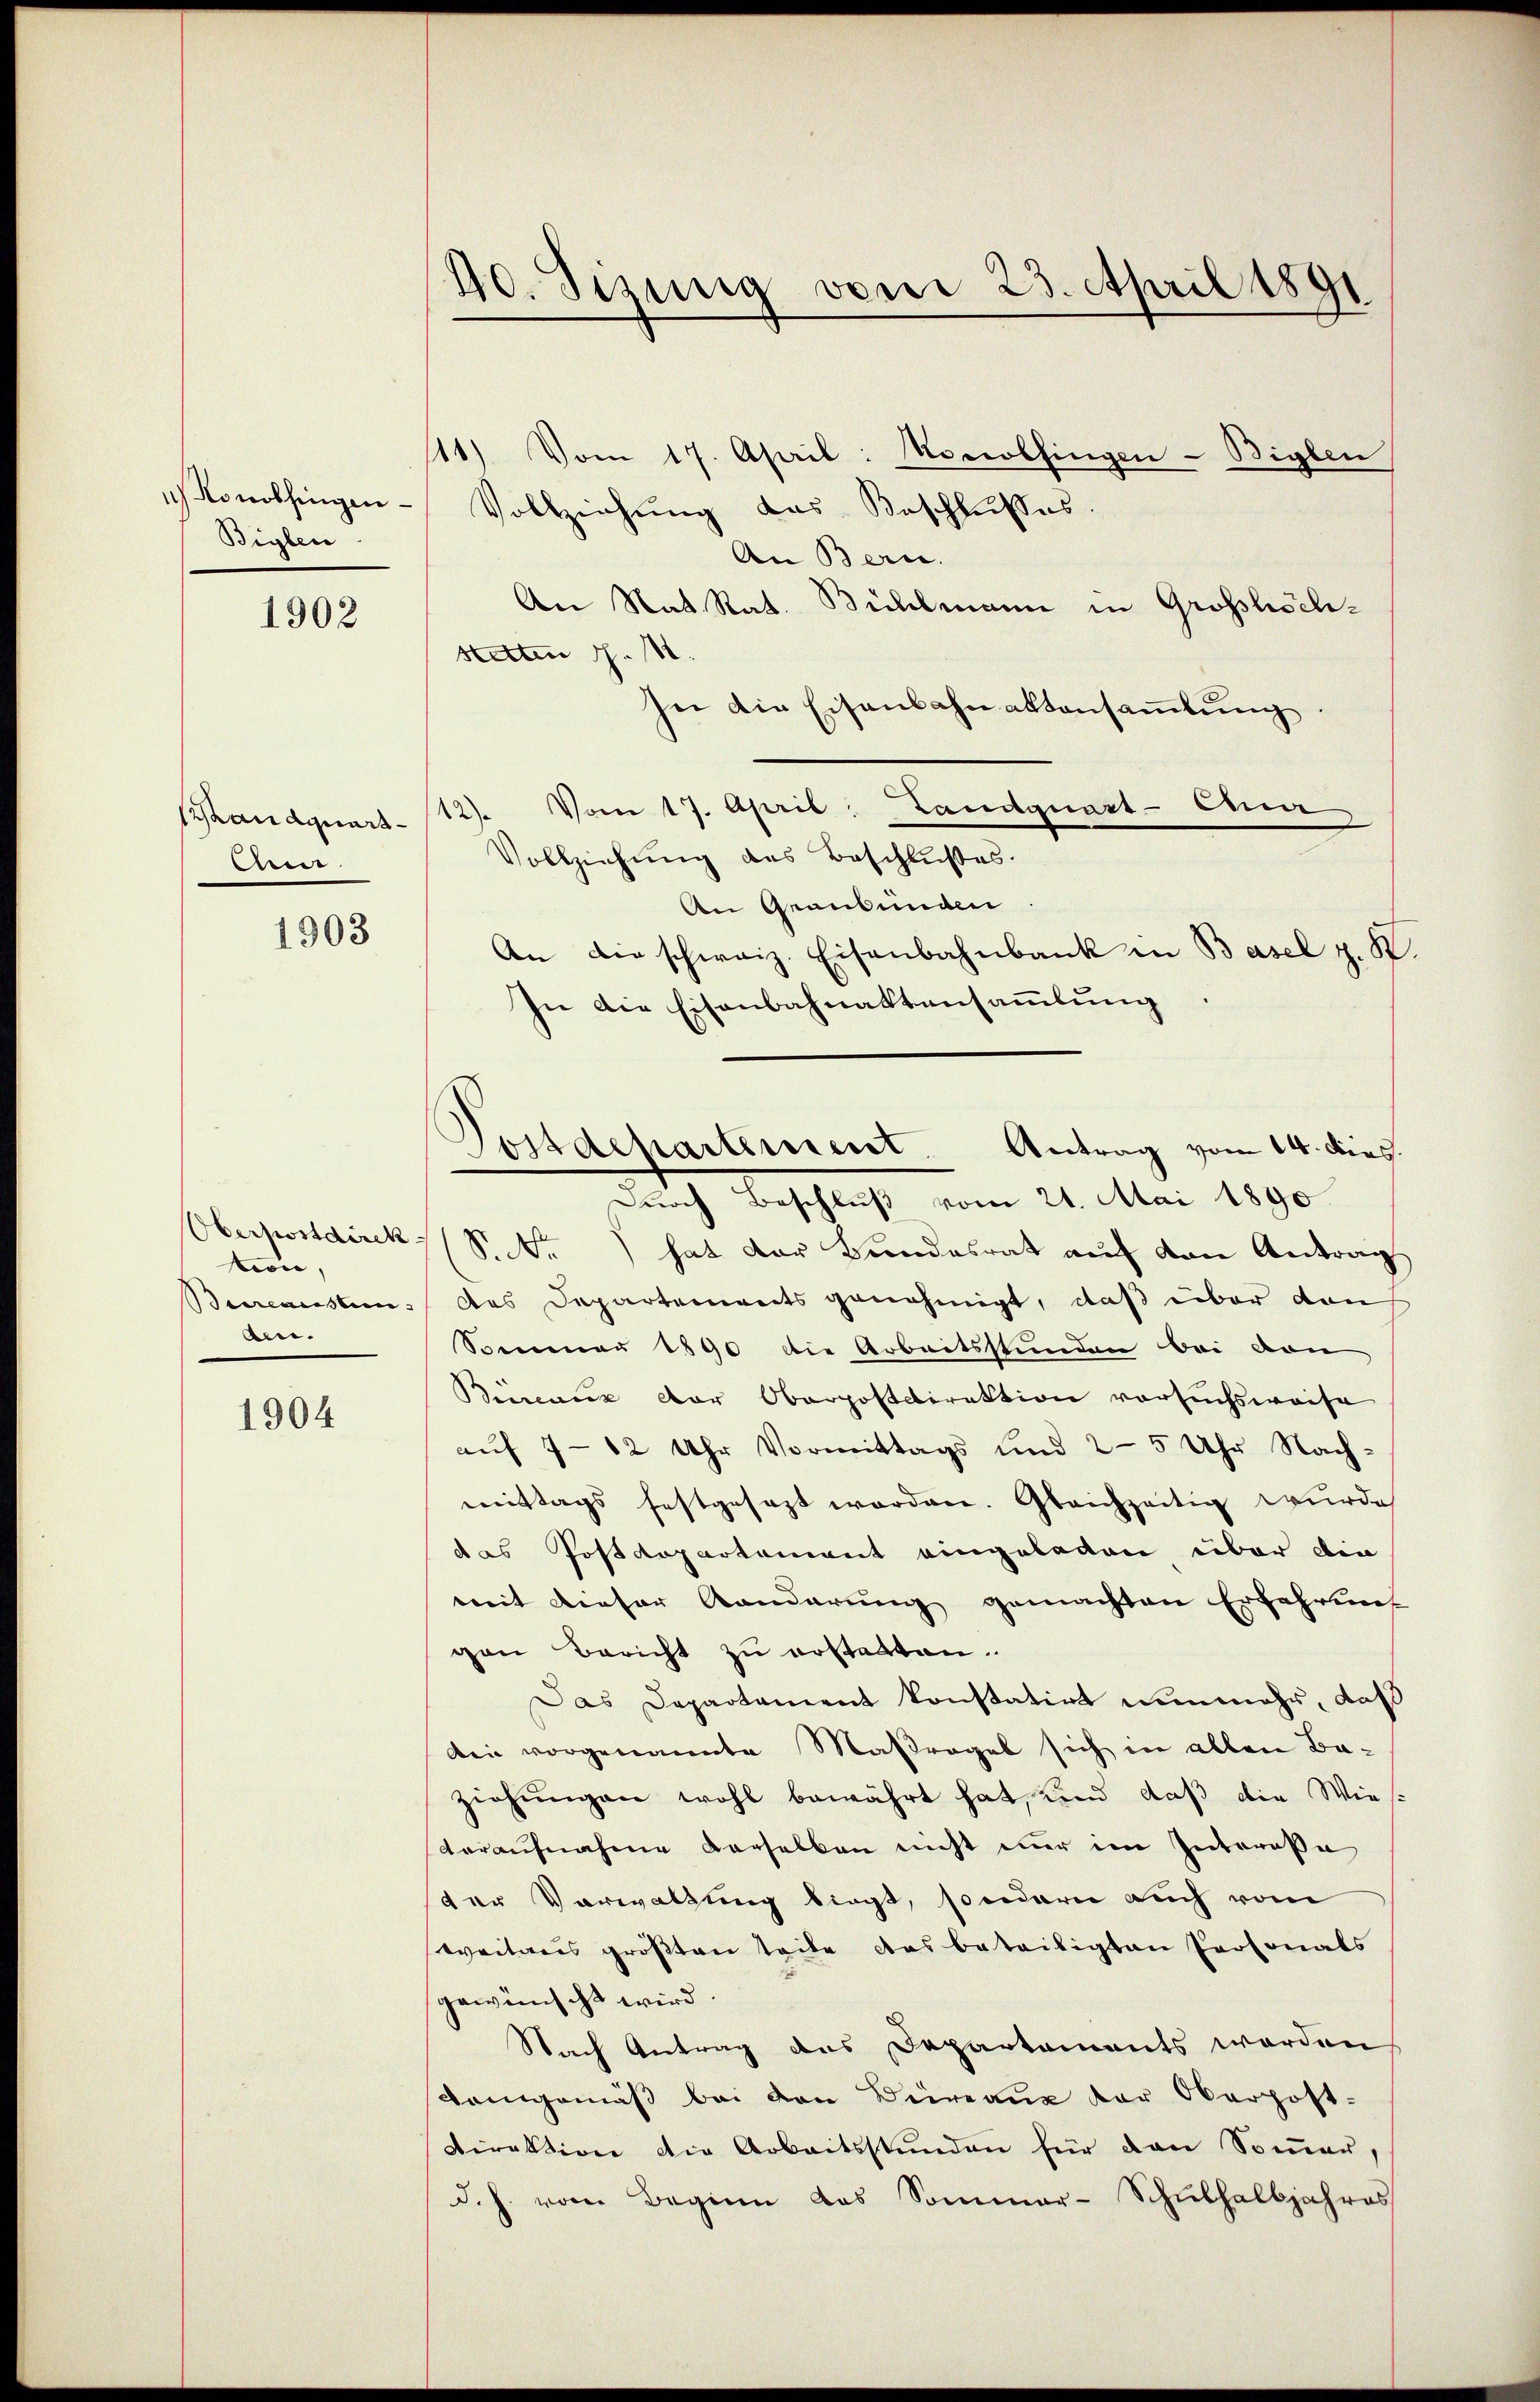
Konolfingen
Biglen

1902

andquart
Au

Oberpostdirek
mon,
Bureausten.
ben.

1904

1903

40. Sizung vom 23. April 1891

11) Vom 17. April: Nonolfingen -Biglen
Vollziehung das Beschlusses.
An Bern.
An Nat. Rat. Bühlmann in Grosshöchstetten S. 1
hne die Eisenbahnaktansammlung
Vom 17. April, Landquart - Ein
12)
Vollziehung des Beschlußes.
An Graubünden
An die schweiz. Eisenbahnbank in Basel z. K.
In die Eisenbahnaktensammlung
Durch Beschluß vom 21. Mai 1890
S.S. hat der Bundesrat auf von Antrag
des Departements genehmigt, daß über dan
Sommer 1890 die Arbeitsstunden bei von
Bencanz der Oberpostdirektion versuchsweise
auf 7 - 12 Uhr Vormittags und 2-5 Uhr Nach-
mittags festgesezt worden. Gleichzeitig wurde
des Postdepartement eingeladen über die
mit dieser Kanderung gemachten Erfahrung
gen Bericht zu erstatten.
Das Departament konstatirt nunmehr, daß
din vorgenannte Maßregel sich in allen Baziehungen wohl bewährt hat, und daß die Wie-
voraufnahme derselben nicht nur im Intereße
der Verwaltung liegt, sondern auch vom
weitens größten teile das beteiligten Personats
gewünscht wird.
Nach Antrag des Departaments werden
Demgemäß bei den Büreau der Oberpost-
Direktion die Arbeitsstunden für den Soṁer,
d. h. vom Beginn das Sommer-Schulhalbjahres

Postdepartement. Antrag vom 14. dies.